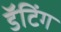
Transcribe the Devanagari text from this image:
डॅटिंग